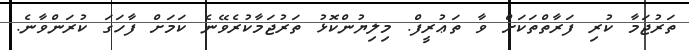
ތަރުޖަމާ ކުރި ފަރާތްތަކަށް ވާ ތަޢުރީފް. މިލިޔުންކޮޅު ތަރުޖަމާކުރެވޭނެ ކަމަށް ފާހަގަ ކުރަންވާނެ.